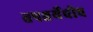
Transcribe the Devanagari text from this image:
तपश्चर्येचीच